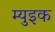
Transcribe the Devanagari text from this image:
म्युइक